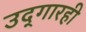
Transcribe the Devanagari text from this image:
उद्‌गारही